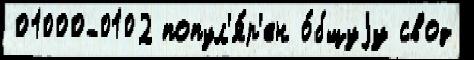
01000-0102 попул'я́р'ен о́бщуjу свод